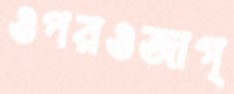
ওপরওজাগ্